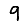
Digit: 9